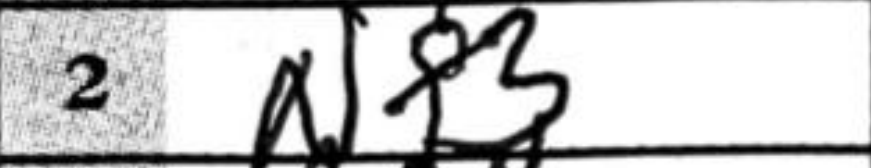
Transcription: Nf3